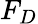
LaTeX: F_{D}